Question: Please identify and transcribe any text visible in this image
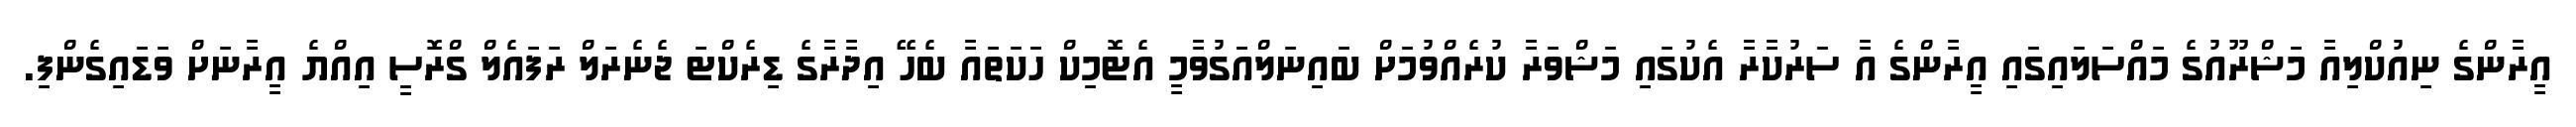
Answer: އީރާންގެ ނިއުކްލިއާ މަޝްރޫއުގެ މައްސަލައިގައި އީރާންގެ އާ ސަރުކާރާ އެކުގައި މަޝްވަރާ ކުރެއްވުމަށް ބައިނަލްއަގުވާމީ އެޓޮމިކް ހަކަތައާ ބެހޭ އިދާރާގެ ޑިރެކްޓަ ޖެނެރަލް ރަފައެލް ގްރޮސީ އިއްޔެ އީރާނަށް ވަޑައިގެންފި.